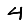
Digit: 4